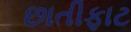
છાતીફાટ